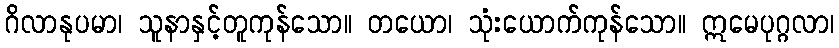
ဂိလာနုပမာ၊ သူနာနှင့်တူကုန်သော။ တယော၊ သုံးယောက်ကုန်သော။ ဣမေပုဂ္ဂလာ၊